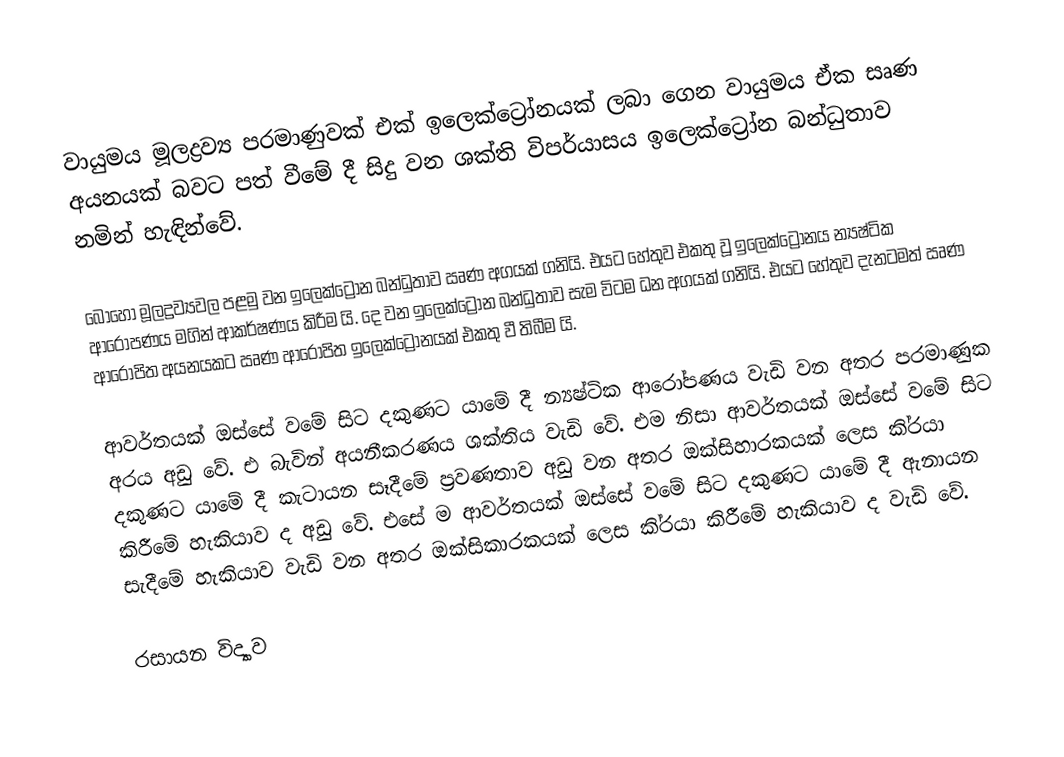
වායුමය මූලද්‍රව්‍ය පරමාණුවක් එක් ඉලෙක්ට්‍රෝනයක් ලබා ගෙන වායුමය ඒක සෘණ අයනයක් බවට පත් වීමේ දී සිදු වන ශක්ති විපර්යාසය ඉලෙක්ට්‍රෝන බන්ධුතාව නමින් හැඳින්වේ.

බොහෝ මූලද්‍රව්‍යවල පළමු වන ඉලෙක්ට්‍රෝන බන්ධුතාව ඍණ අගයක් ගනියි. එයට හේතුව එකතු වූ ඉලෙක්ට්‍රෝනය න්‍යෂ්ටික ආරෝපණය මගින් ආකර්ෂණය කිරීම යි. දෙ වන ඉලෙක්ට්‍රෝන බන්ධුතාව සැම විටම ධන අගයක් ගනියි. එයට හේතුව දැනටමත් ඍණ ආරෝපිත අයනයකට ඍණ ආරෝපිත ඉලෙක්ට්‍රෝනයක් එකතු වී තිබීම යි.

ආවර්තයක් ඔස්සේ වමේ සිට දකුණට යාමේ දී න්‍යෂ්ටික ආරෝපණය වැඩි වන අතර පරමාණුක අරය අඩු වේ. එ බැවින් අයනීකරණය ශක්තිය වැඩි වේ. එම නිසා ආවර්තයක් ඔස්සේ වමේ සිට දකුණට යාමේ දී කැටායන සෑදීමේ ප්‍රවණතාව අඩු වන අතර ඔක්සිහාරකයක් ලෙස කි්‍රයා කිරීමේ හැකියාව ද අඩු වේ. එසේ ම ආවර්තයක් ඔස්සේ වමේ සිට දකුණට යාමේ දී ඇනායන සැදීමේ හැකියාව වැඩි වන අතර ඔක්සිකාරකයක් ලෙස කි්‍රයා කිරීමේ හැකියාව ද වැඩි වේ.

රසායන විද්‍යාව